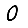
Digit: 0